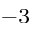
^ { - 3 }